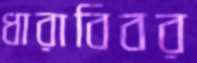
ধারাবিবর